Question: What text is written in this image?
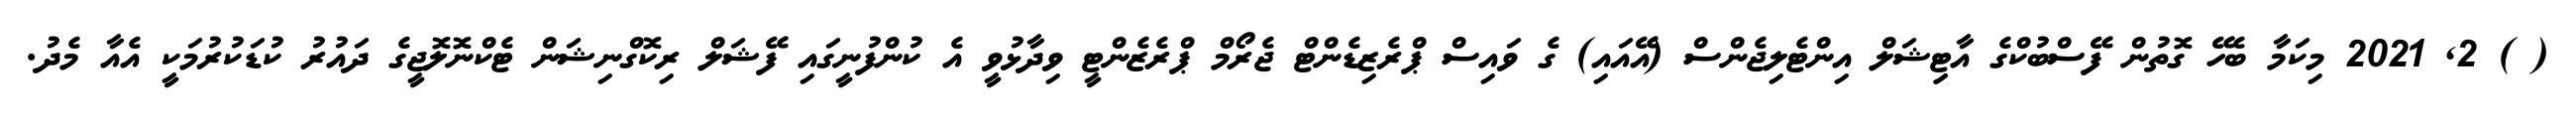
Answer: ( ) 2, 2021 މިކަމާ ބެހޭ ގޮތުން ފޭސްބުކްގެ އާޓިިޝަލް އިންޓެލިޖެންސް (އޭއައި) ގެ ވައިސް ޕްރެޒިޑެންޓް ޖެރޯމް ޕްރެޒެންޓީ ވިދާޅުވީ އެ ކުންފުނީގައި ފޭޝަލް ރިކޮގްނިޝަން ޓެކްނޮލޮޖީގެ ދައުރު ކުޑަކުރުމަކީ އެއާ މެދު.